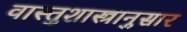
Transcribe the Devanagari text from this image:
वास्तुशास्त्रानुसार